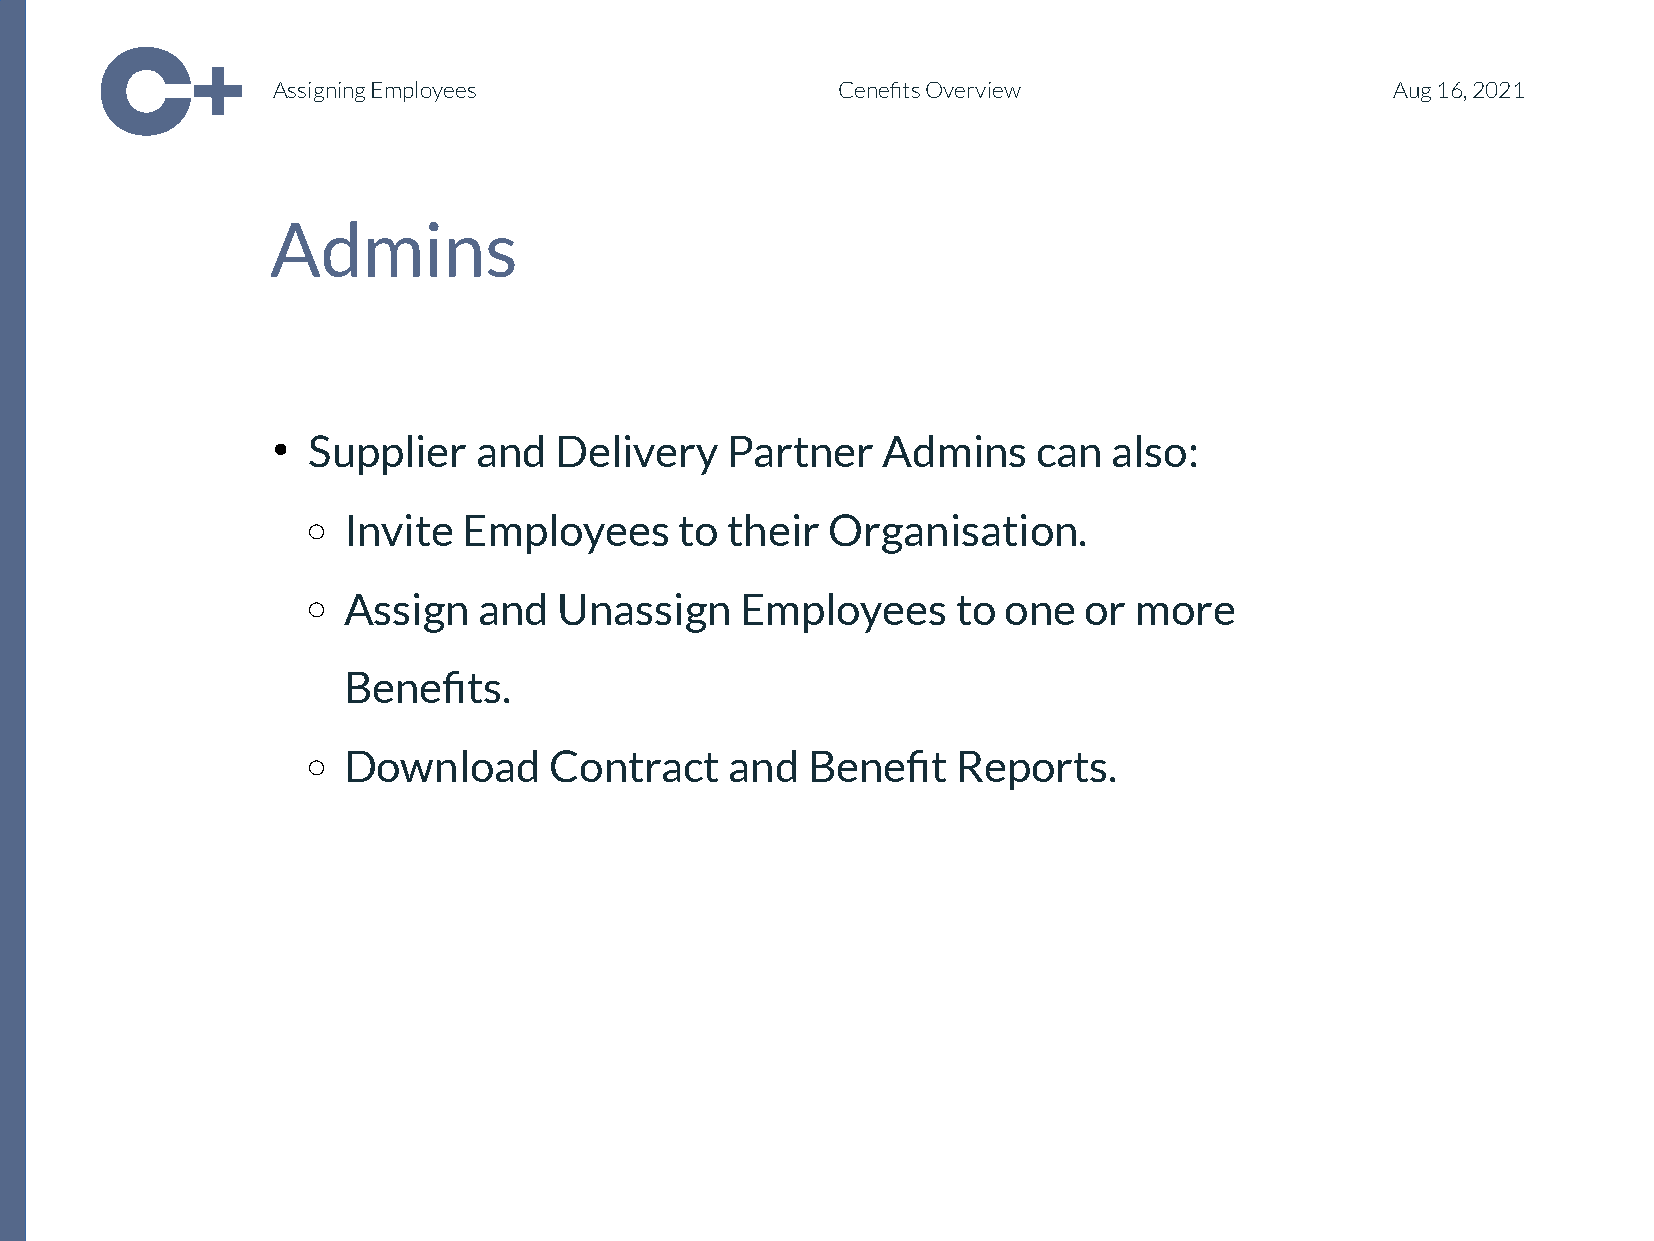
Assigning Employees                  Cenefits Overview                    Aug 16, 2021
 Admins
 Supplier   and   Delivery   Partner   Admins     can  also:
 ●
 <○SIenvcittei Eomnpl_otyeitesle to_ t1he>ir Organisation.
 Assign   and  Unassign    Employees     to one   or more
 ○
 Benefits.
 Download     Contract    and  Benefit   Reports.
 ○